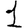
Digit: 1